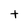
Character: t